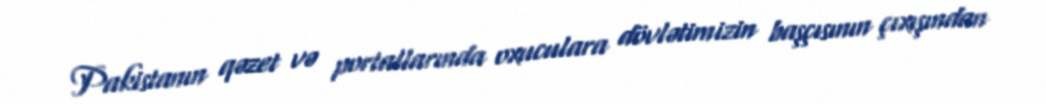
Pakistanın qəzet və portallarında oxuculara dövlətimizin başçısının çıxışından